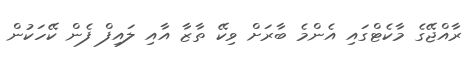
ރާއްޖޭގެ މާކެޓްގައި އެންމެ ބާރަށް ވިކޭ ތާޒާ އާއި ލައިފް ފެން ކޭހަކުން